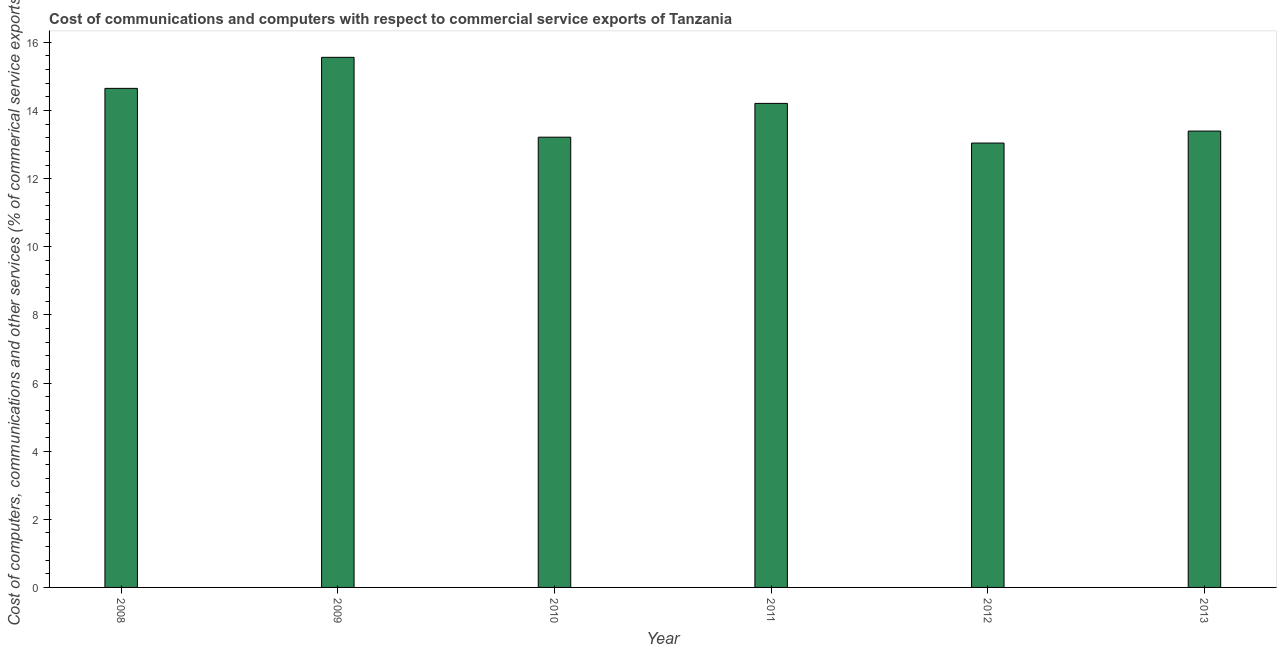
| Year | Computer |
 | --- | --- |
 | 2008 | 14.6 |
 | 2009 | 15.6 |
 | 2010 | 13.2 |
 | 2011 | 14.2 |
 | 2012 | 13 |
 | 2013 | 13.4 |